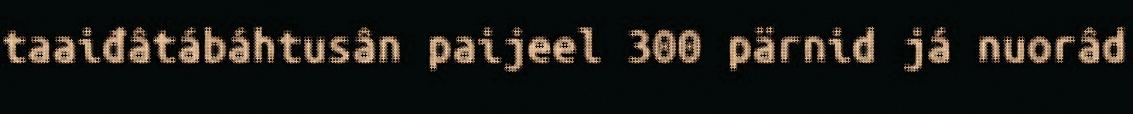
taaiđâtábáhtusân paijeel 300 pärnid já nuorâd